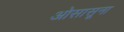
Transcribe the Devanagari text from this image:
ओसासूना